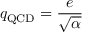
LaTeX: q _ { \mathrm { Q C D } } = { \frac { e } { \sqrt { \alpha } } }